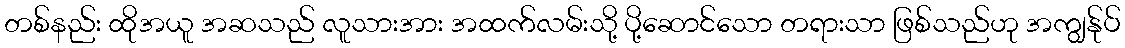
တစ်နည်း ထိုအယူ အဆသည် လူသားအား အထက်လမ်းသို့ ပို့ဆောင်သော တရားသာ ဖြစ်သည်ဟု အကျွန်ုပ်